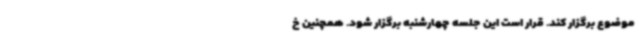
موضوع برگزار کند. قرار است این جلسه چهارشنبه برگزار شود. همچنین خ